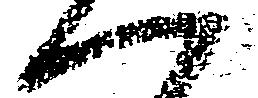
へ